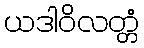
ယဒါဝိလတ္တံ